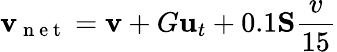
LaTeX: \textbf{v}_{\mathrm{~n~e~t~}}=\textbf{v}+G\textbf{u}_{t}+0.1\textbf{S}\frac{v}{15}